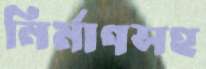
নির্মাণসহ